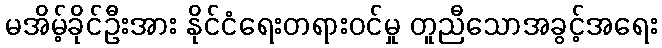
မအိမ့်ခိုင်ဦးအား နိုင်ငံရေးတရားဝင်မှု တူညီသောအခွင့်အရေး